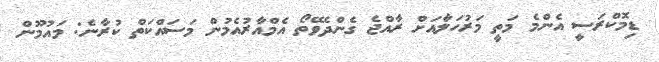
ޑިމޮކްރަސީ އެންމެ މަތީ މަރުހަލާއަށް ރާއްޖެ ގެންދެވޭތޯ އެމްއާރުއެމުން މަސައްކަތް ކުރާނެ: މައުމޫން